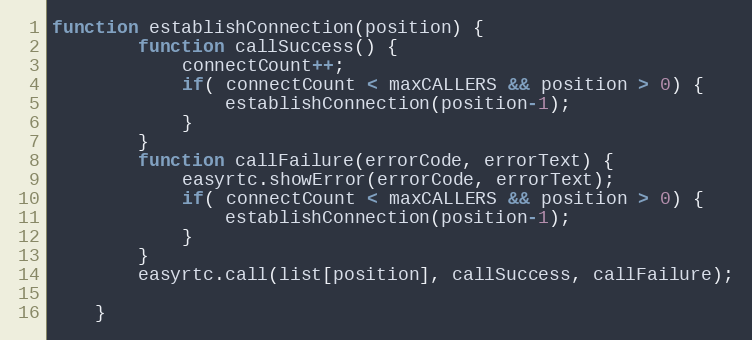
Language: JavaScript
function establishConnection(position) {
        function callSuccess() {
            connectCount++;
            if( connectCount < maxCALLERS && position > 0) {
                establishConnection(position-1);
            }
        }
        function callFailure(errorCode, errorText) {
            easyrtc.showError(errorCode, errorText);
            if( connectCount < maxCALLERS && position > 0) {
                establishConnection(position-1);
            }
        }
        easyrtc.call(list[position], callSuccess, callFailure);

    }